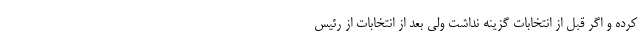
کرده و اگر قبل از انتخابات گزینه نداشت ولی بعد از انتخابات از رئیس